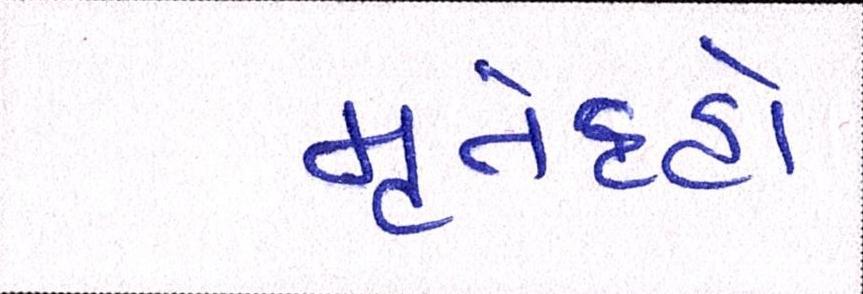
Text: મૃતેદહો